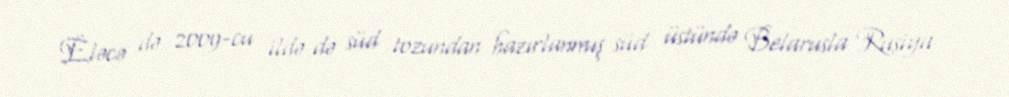
Eləcə də 2009-cu ildə də süd tozundan hazırlanmış süd üstündə Belarusla Rusiya